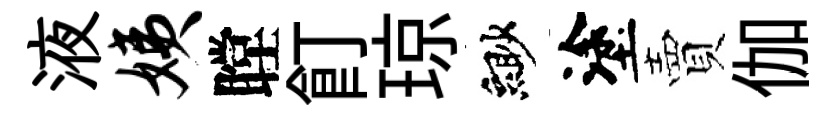
液姨瞠飣琼緲塗賣伽